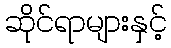
ဆိုင်ရာများနှင့်